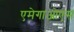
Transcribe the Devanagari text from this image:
एमेगाओएस